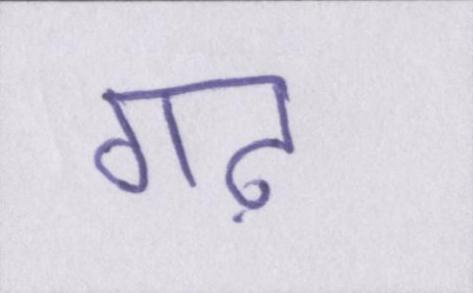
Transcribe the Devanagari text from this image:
गढ़